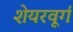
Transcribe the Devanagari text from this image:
शेयरवूर्ग